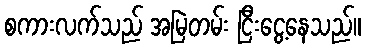
စကားလက်သည် အမြဲတမ်း ငြီးငွေ့နေသည်။